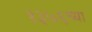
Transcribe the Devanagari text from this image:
१३७६च्या